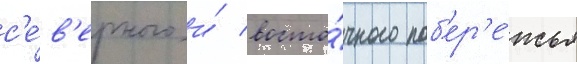
с'е́в'ерного и́ восто́чного поб'ер'е́жья